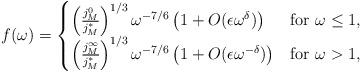
LaTeX: \begin{align*} f(\omega)= \begin{cases} \left(\frac{j_M^0}{j_M^*}\right)^{1/3} \omega^{-7/6}\left(1+O(\epsilon \omega^{\delta})\right) & \mbox{for } \omega\leq 1,\\ \left(\frac{j_M^\infty}{j_M^*}\right)^{1/3} \omega^{-7/6} \left(1+O(\epsilon \omega^{-\delta})\right) &\mbox{for }\omega> 1, \end{cases} \end{align*}